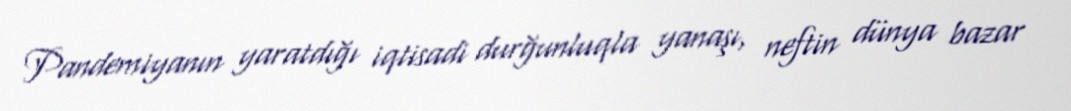
Pandemiyanın yaratdığı iqtisadi durğunluqla yanaşı, neftin dünya bazar